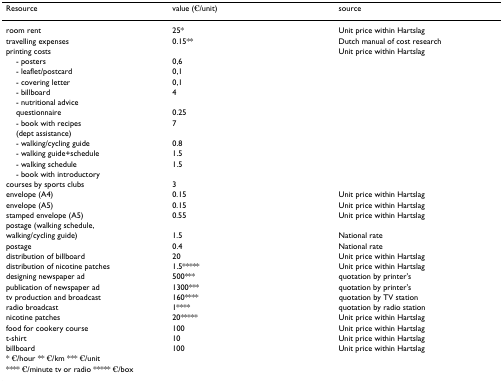
<table><thead><tr><td><b>Resource</b></td><td><b>value (€/unit)</b></td><td><b>source</b></td></tr></thead><tbody><tr><td>room rent</td><td>25*</td><td>Unit price within Hartslag</td></tr><tr><td>travelling expenses</td><td>0.15**</td><td>Dutch manual of cost research</td></tr><tr><td>printing costs</td><td></td><td>Unit price within Hartslag</td></tr><tr><td> - posters</td><td>0,6</td><td></td></tr><tr><td> - leaflet/postcard</td><td>0,1</td><td></td></tr><tr><td> - covering letter</td><td>0,1</td><td></td></tr><tr><td> - billboard</td><td>4</td><td></td></tr><tr><td> - nutritional advice</td><td></td><td></td></tr><tr><td> questionnaire</td><td>0.25</td><td></td></tr><tr><td> - book with recipes</td><td>7</td><td></td></tr><tr><td> (dept assistance)</td><td></td><td></td></tr><tr><td> - walking/cycling guide</td><td>0.8</td><td></td></tr><tr><td> - walking guide+schedule</td><td>1.5</td><td></td></tr><tr><td> - walking schedule</td><td>1.5</td><td></td></tr><tr><td> - book with introductory</td><td></td><td></td></tr><tr><td>courses by sports clubs</td><td>3</td><td></td></tr><tr><td>envelope (A4)</td><td>0.15</td><td>Unit price within Hartslag</td></tr><tr><td>envelope (A5)</td><td>0.15</td><td>Unit price within Hartslag</td></tr><tr><td>stamped envelope (A5)</td><td>0.55</td><td>Unit price within Hartslag</td></tr><tr><td>postage (walking schedule,</td><td></td><td></td></tr><tr><td>walking/cycling guide)</td><td>1.5</td><td>National rate</td></tr><tr><td>postage</td><td>0.4</td><td>National rate</td></tr><tr><td>distribution of billboard</td><td>20</td><td>Unit price within Hartslag</td></tr><tr><td>distribution of nicotine patches</td><td>1.5*****</td><td>Unit price within Hartslag</td></tr><tr><td>designing newspaper ad</td><td>500***</td><td>quotation by printer&#x27;s</td></tr><tr><td>publication of newspaper ad</td><td>1300***</td><td>quotation by printer&#x27;s</td></tr><tr><td>tv production and broadcast</td><td>160****</td><td>quotation by TV station</td></tr><tr><td>radio broadcast</td><td>1****</td><td>quotation by radio station</td></tr><tr><td>nicotine patches</td><td>20*****</td><td>Unit price within Hartslag</td></tr><tr><td>food for cookery course</td><td>100</td><td>Unit price within Hartslag</td></tr><tr><td>t-shirt</td><td>10</td><td>Unit price within Hartslag</td></tr><tr><td>billboard</td><td>100</td><td>Unit price within Hartslag</td></tr><tr><td>* €/hour ** €/km *** €/unit</td><td></td><td></td></tr><tr><td>**** €/minute tv or radio ***** €/box</td><td></td><td></td></tr></tbody></table>